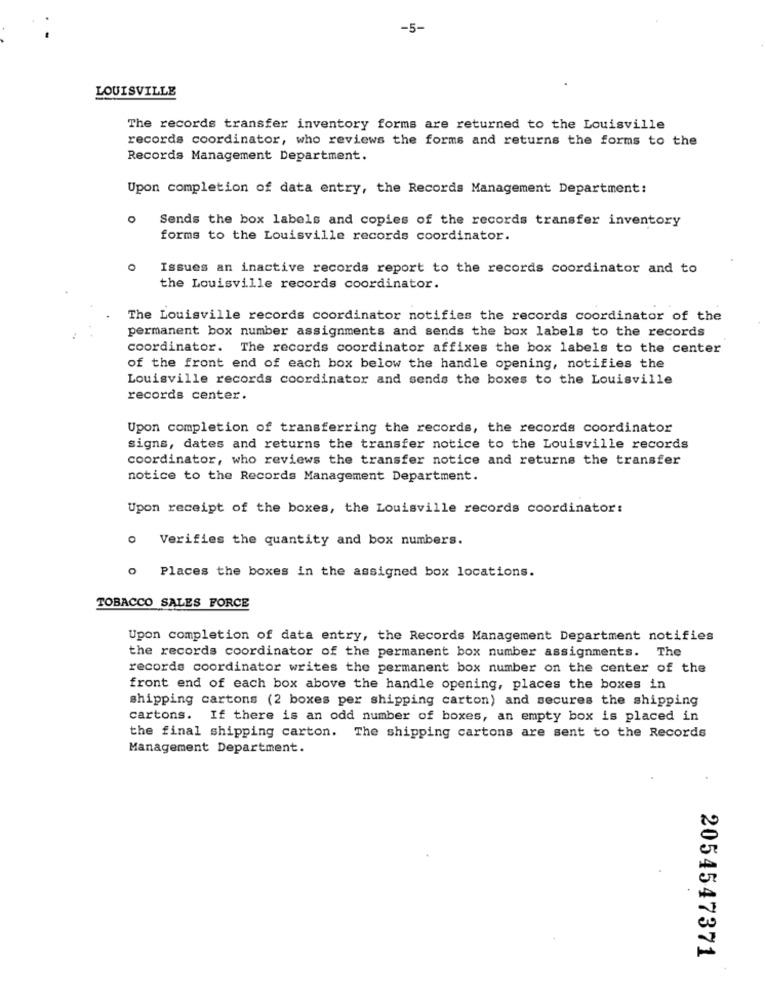
-5-
LOUISVILLE
The records transfer inventory forms are returned to the Louisville
records coordinator, who reviews the forms and returns the forms to the
Records Management Department.
Upon completion of data entry, the Records Management Department:
Sends the box labels and copies of the records transfer inventory
forms to the Louisville records coordinator.
Issues an inactive records report to the records coordinator and to
the Louisville records coordinator.
The Louisville records coordinator notifies the records coordinator of the
permanent box number assignments and sends the box labels to the records
coordinator. The records coordinator affixes the box labels to the center
of the front end of each box below the handle opening, notifies the
Louisville records coordinator and sends the boxes to the Louisville
records center.
Upon completion of transferring the records, the records coordinator
signs, dates and returns the transfer notice to the Louisville records
coordinator, who reviews the transfer notice and returns the transfer
notice to the Records Management Department.
Upon receipt of the boxes, the Louisville records coordinator:
Verifies the quantity and box numbers.
o Places the boxes in the assigned box locations.
TOBACCO SALES FORCE
Upon completion of data entry, the Records Management Department notifies
the records coordinator of the permanent box number assignments. The
records coordinator writes the permanent box number on the center of the
front end of each box above the handle opening, places the boxes in
shipping cartons (2 boxes per shipping carton) and secures the shipping
cartons. If there is an odd number of boxes, an empty box is placed in
the final shipping carton. The shipping cartons are sent to the Records
Management Department.
2054547371